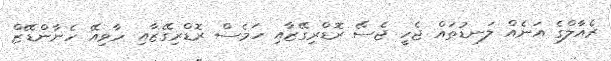
ރެއާލްގެ އަނެއް ލަނޑުތައް ޖެހީ ޖެސޭ ރޮޑްރިގޭޒާއި ހަމެސް ރޮޑްރިގޭޒާއި ހާވިއޭ ހެނާންޑޭޒް